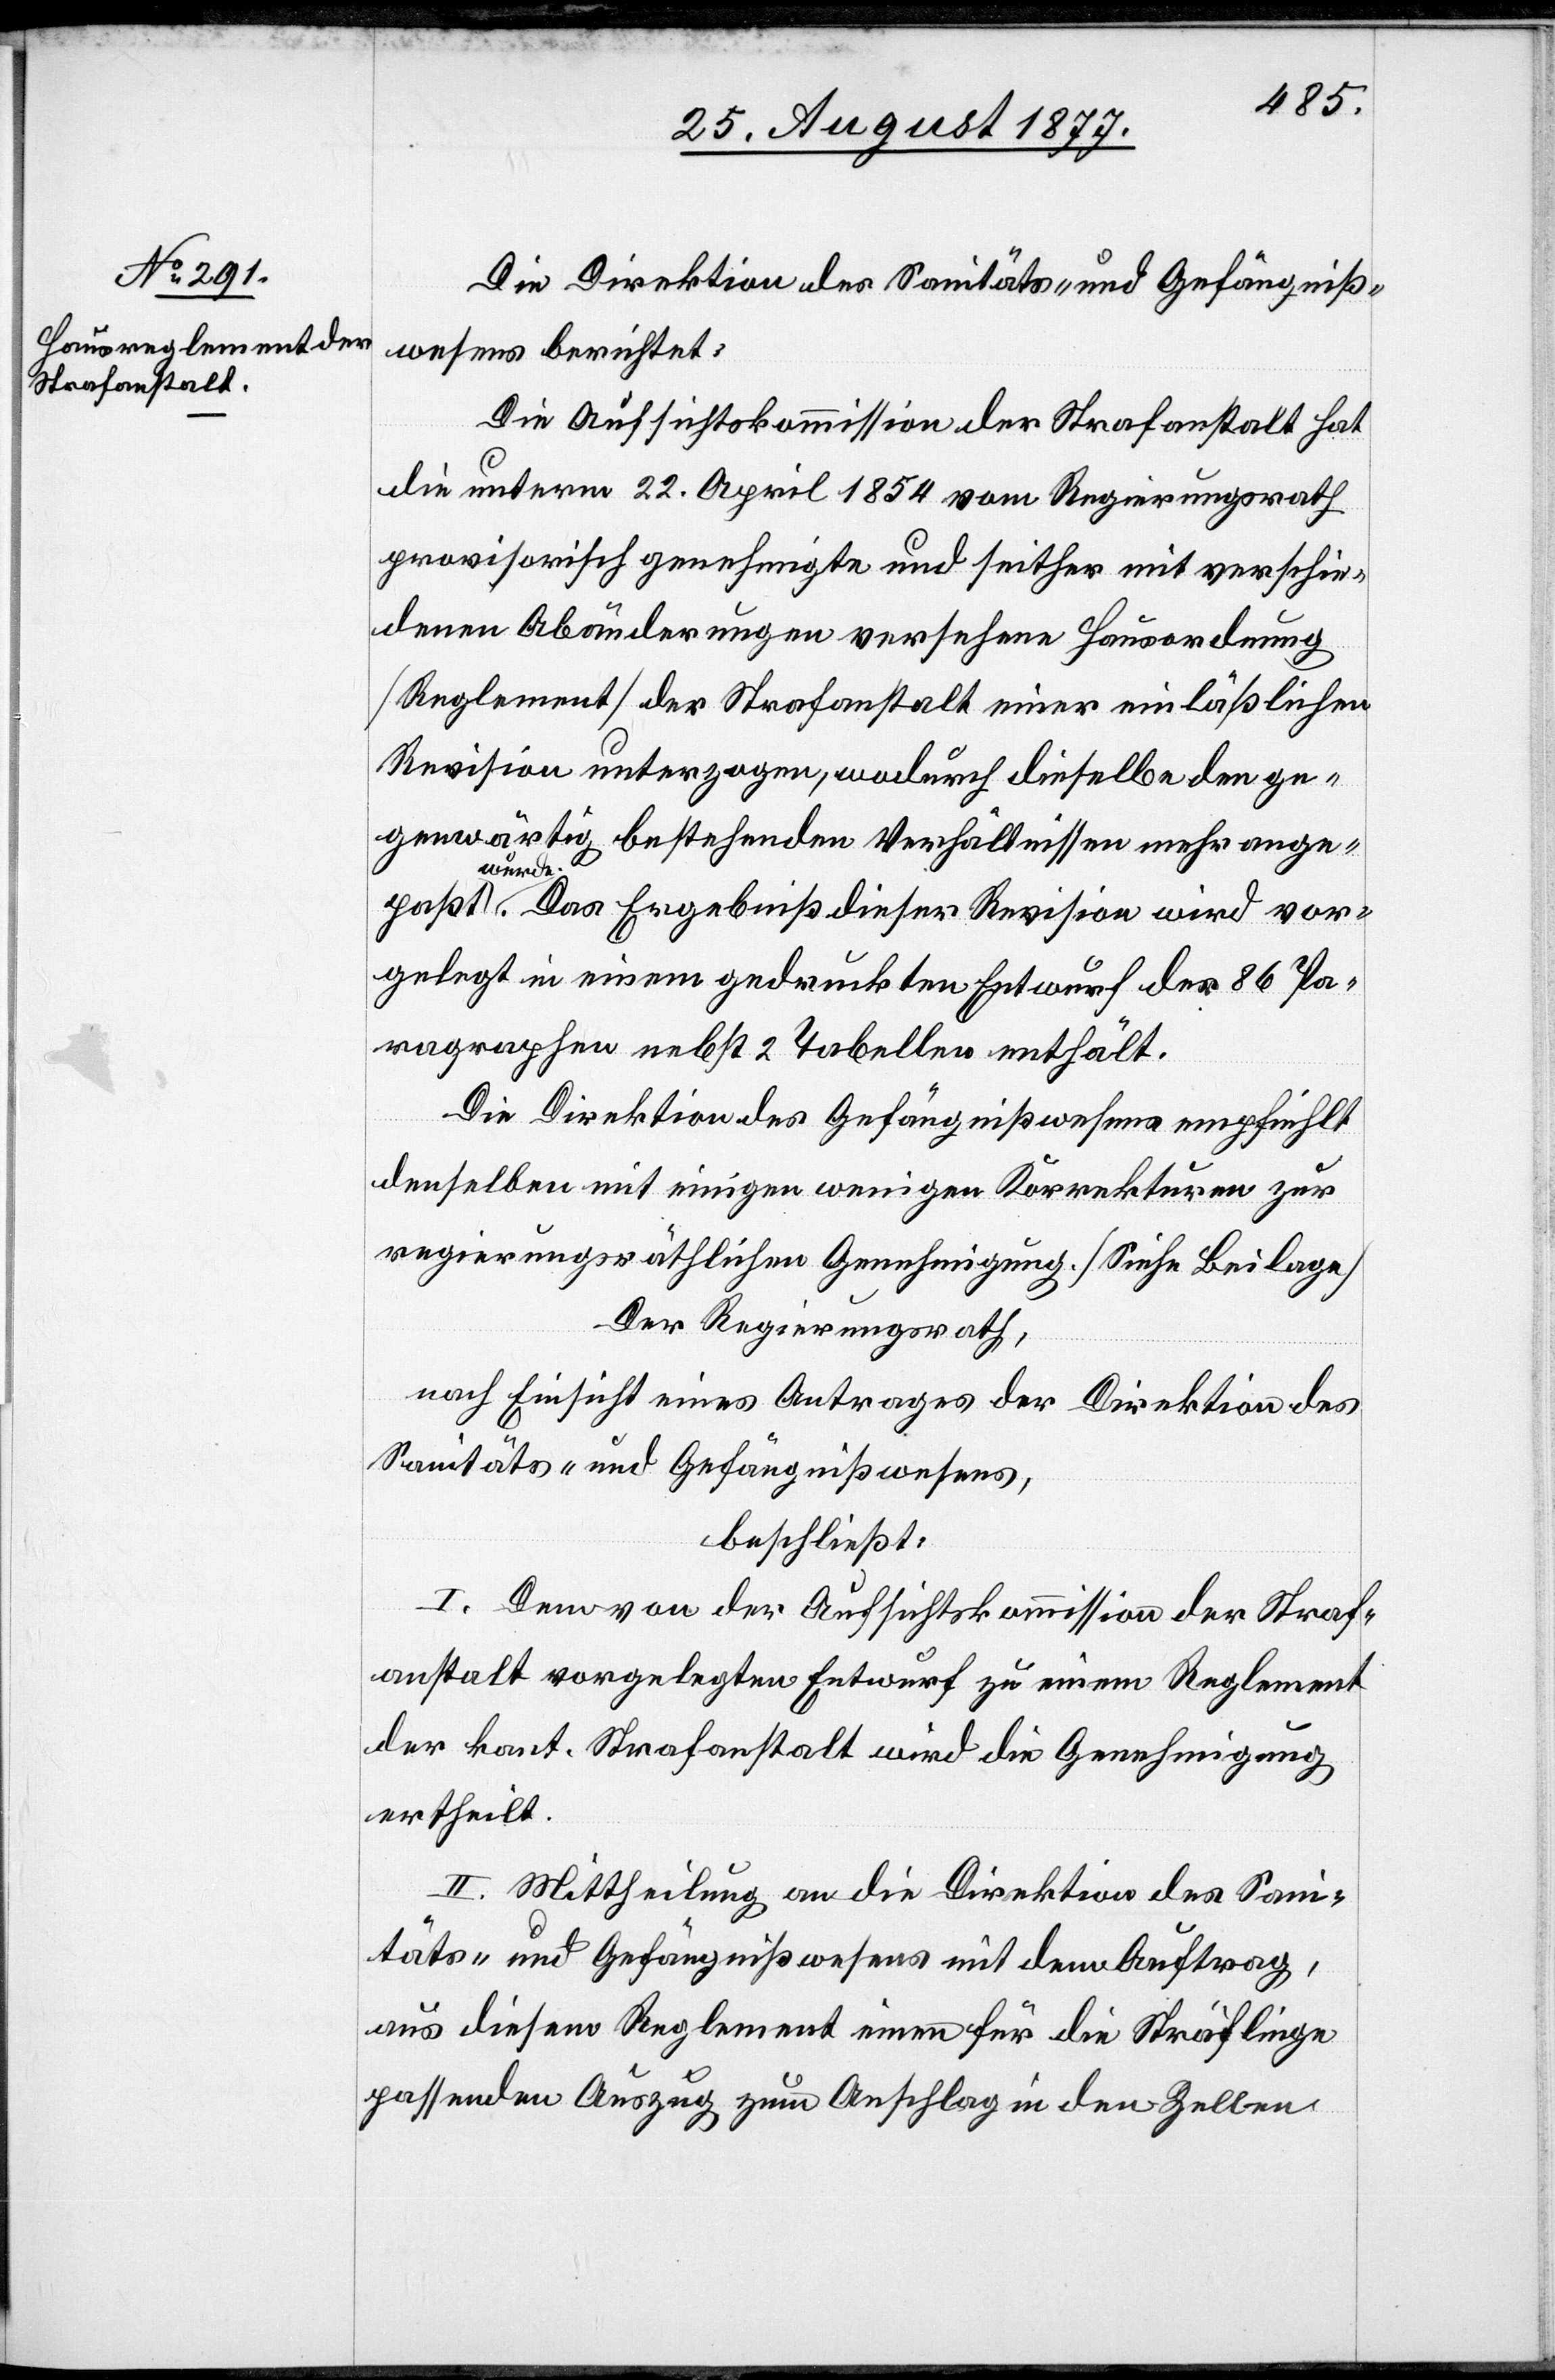
Die Direktion des Sanitäts- und Gefängniß¬
wesens berichtet:
Die Aufsichtskommission der Strafanstalt hat
die unterm 22. April 1854 vom Regierungsrath
provisorisch genehmigte und seither mit verschie¬
denen Abänderungen versehene Hausordnung
[Reglement] der Strafanstalt einer einläßlichen
Revision unterzogen, wodurch dieselbe den ge¬
genwä¬
rtig bestehenden Verhältnissen mehr ange¬
paßt wurde. Das Ergebniß dieser Revision wird vor¬
gelegt in einem gedruckten Entwurf der 86 Pa¬
ragraphen nebst 2 Tabellen enthält.
Die Direktion des Gefängnißwesens empfiehlt
denselben mit einigen wenigen Korrekturen zur
regierungsräthlichen Genehmigung. [Siehe Beilage]
Der Regierungsrath,
nach Einsicht eines Antrages der Direktion des
Sanitäts- und Gefängnißwesens,
beschließt:
I. Dem von der Aufsichtskommission der Straf¬
anstalt vorgelegten Entwurf zu einem Reglement
der kant. Strafanstalt wird die Genehmigung
ertheilt.
II. Mittheilung an die Direktion des San¬
itäts- und Gefängnißwesens mit dem Auftrag,
aus diesem Reglement einen für die Sträflinge
passenden Auszug zum Anschlag in den Zellen